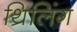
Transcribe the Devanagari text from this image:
थ्रिलिंग